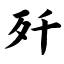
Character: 歼